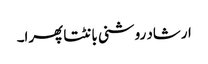
ارشاد روشنی بانٹتا پھرا۔